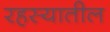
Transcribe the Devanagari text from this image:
रहस्यातील